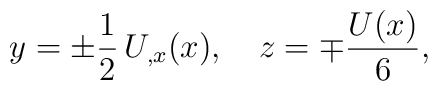
y = \pm \frac{1}{2}\, U_{,x}(x), \hspace{1em}  z = \mp \frac{U(x)}{6},